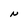
Character: N